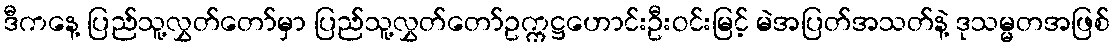
ဒီကနေ့ ပြည်သူ့လွှတ်တော်မှာ ပြည်သူ့လွှတ်တော်ဥက္ကဋ္ဌဟောင်းဦးဝင်းမြင့် မဲအပြတ်အသတ်နဲ့ ဒုသမ္မတအဖြစ်